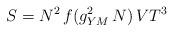
LaTeX: \begin{align*}S=N^2 \,f(g_{YM}^2 \,N) \,V T^3 \end{align*}